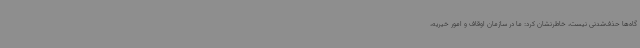
گاه‌ها حذف‌شدنی نیست، خاطرنشان کرد: ما در سازمان اوقاف و امور خیریه،